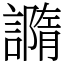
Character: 䜏